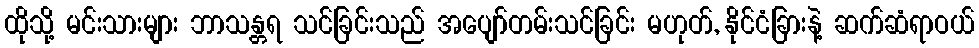
ထိုသို့ မင်းသားများ ဘာသန္တရ သင်ခြင်းသည် အပျော်တမ်းသင်ခြင်း မဟုတ်, နိုင်ငံခြားနဲ့ ဆက်ဆံရာဝယ်